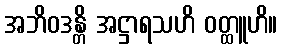
အဘိဝဒန္တိ အဋ္ဌာရသဟိ ဝတ္ထူဟိ။